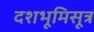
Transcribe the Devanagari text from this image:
दशभूमिसूत्र